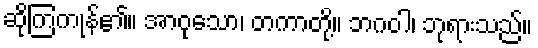
ဆိုကြကုန်၏။ အာဝုသော၊ တကာတို့။ ဘဂဝါ၊ ဘုရားသည်။